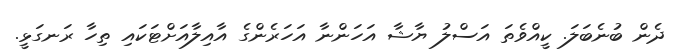
ދެން ބުނެބަލަ. ކީއްވެތަ އަސްލު ޔާޝާ އަހަންނާ އަހަރެންގެ އާއިލާއަށްޓަކައި ތިހާ ރަނގަޅީ.